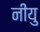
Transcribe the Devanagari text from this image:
नीयु